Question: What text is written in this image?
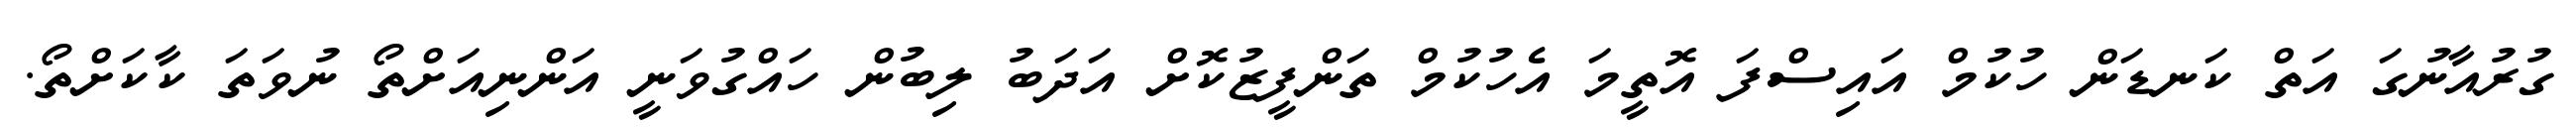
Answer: ގުރުއާނުގަ އަތް ކަނޑަން ހުކުމް އައިސްފަ އޮތީމަ އެހުކުމް ތަންފީޒުކޮށް އަދަބު ލިބުން ހައްގުވަނީ އަންނިއަށްތޯ ނުވަތަ ކާކަށްތޯ.